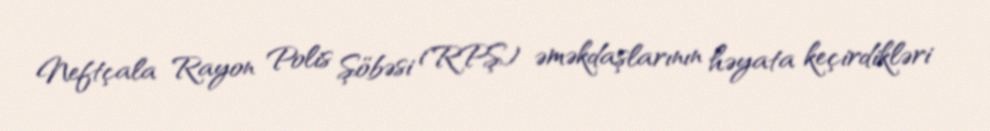
Neftçala Rayon Polis Şöbəsi (RPŞ) əməkdaşlarının həyata keçirdikləri